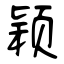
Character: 颖